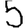
Digit: 5